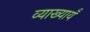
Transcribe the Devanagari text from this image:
व्याख्यायँ